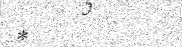
*